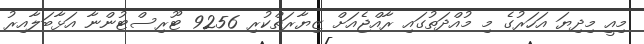
މިއީ މިދިޔަ އަހަރުގެ މި މުއްދަތުގައި ރާއްޖެއަށް ޒިޔާރަތްކުރި 9256 ޓޫރިސްޓުންނާ އަޅާބަލާއިރު